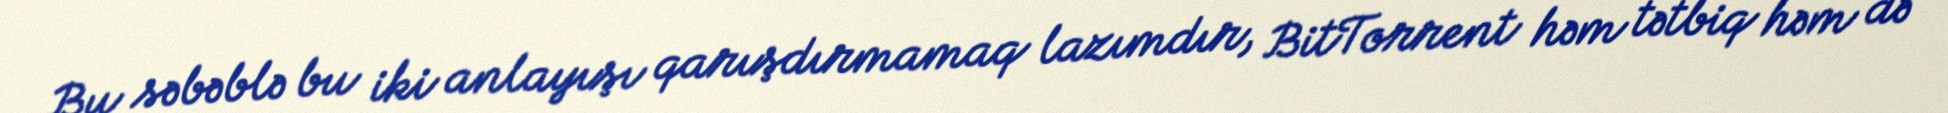
Bu səbəblə bu iki anlayışı qarışdırmamaq lazımdır, BitTorrent həm tətbiq həm də